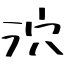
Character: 泬